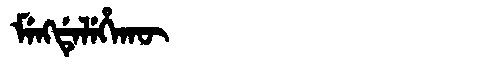
Manchu: ᠮᡝᠩᡩᡝᠯᡝᡥᠠᡴᡡ
Romanization: MENGDELEHAKŪ